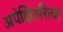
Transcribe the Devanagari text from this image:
अपेक्षितरित्या